Plague in India, 1896, 1897 - Volume 1
Year: 1896
Disease focus: Plague
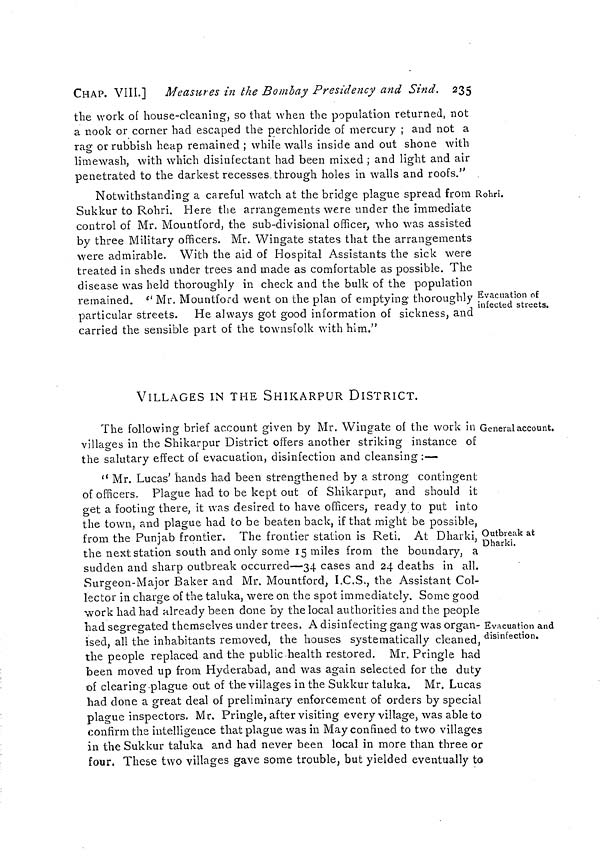
CHAP. VIII.] Measures in the Bombay Presidency and Sind. 235
the work of house-cleaning, so that when the population returned, not
a nook or corner had escaped the perchloride of mercury ; and not a
rag or rubbish heap remained ; while walls inside and out shone with
limewash, with which disinfectant had been mixed ; and light and air
penetrated to the darkest recesses through holes in walls and roofs."
Rohri.
Evacuation of
infected streets.
Notwithstanding a careful watch at the bridge plague spread from
Sukkur to Rohri, Here the arrangements were under the immediate
control of Mr. Mountford, the sub-divisional officer, who was assisted
by three Military officers. Mr. Wingate states that the arrangements
were admirable. With the aid of Hospital Assistants the sick were
treated in sheds under trees and made as comfortable as possible. The
disease was held thoroughly in check and the bulk of the population
remained. " Mr. Mountford went on the plan of emptying thoroughly
particular streets. He always got good information of sickness, and
carried the sensible part of the townsfolk with him."
VILLAGES IN THE SHIKARPUR DISTRICT.
General account.
The following brief account given by Mr. Wingate of the work in
villages in the Shikarpur District offers another striking instance of
the salutary effect of evacuation, disinfection and cleansing :—
Outbreak at
Dharki.
Evacuation and
disinfection.
" Mr. Lucas' hands had been strengthened by a strong contingent
of officers. Plague had to be kept out of Shikarpur, and should it
get a footing there, it was desired to have officers, ready to put into
the town, and plague had to be beaten back, if that might be possible,
from the Punjab frontier. The frontier station is Reti. At Dharki,
the next station south and only some 15 miles from the boundary, a
sudden and sharp outbreak occurred—34 cases and 24 deaths in all.
Surgeon-Major Baker and Mr. Mountford, I.C.S., the Assistant Col-
lector in charge of the taluka, were on the spot immediately. Some good
work had had already been done by the local authorities and the people
had segregated themselves under trees. A disinfecting gang was organ-
ised, all the inhabitants removed, the houses systematically cleaned,
the people replaced and the public health restored. Mr. Pringle had
been moved up from Hyderabad, and was again selected for the duty
of clearing plague out of the villages in the Sukkur taluka. Mr. Lucas
had done a great deal of preliminary enforcement of orders by special
plague inspectors. Mr. Pringle, after visiting every village, was able to
confirm the intelligence that plague was in May confined to two villages
in the Sukkur taluka and had never been local in more than three or
four. These two villages gave some trouble, but yielded eventually to